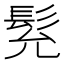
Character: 𩬌